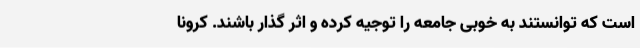
است که توانستند به خوبی جامعه را توجیه کرده و اثر گذار باشند. کرونا